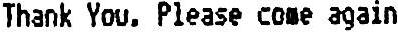
THANK YOU. PLEASE COME AGAIN